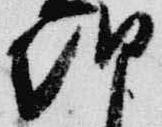
朝